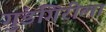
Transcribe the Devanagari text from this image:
गुंडगिरीला